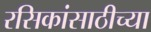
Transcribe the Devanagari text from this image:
रसिकांसाठीच्या